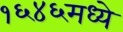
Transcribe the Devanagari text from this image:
१६४६मध्ये